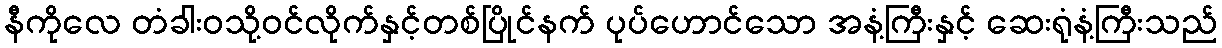
နီကိုလေ တံခါးဝသို့ဝင်လိုက်နှင့်တစ်ပြိုင်နက် ပုပ်ဟောင်သော အနံ့ကြီးနှင့် ဆေးရုံနံ့ကြီးသည်